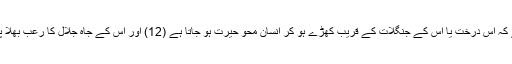
مولڈنکے نے لکھا ہے کہ اس درخت یا اس کے جنگلات کے قریب کھڑے ہو کر انسان محو حیرت ہو جاتا ہے (12) اور اس کے جاہ جلال کا رعب بھلا پانا دشوار ہو جاتا ہے ۔